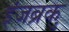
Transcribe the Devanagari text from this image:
इंजब्रुक